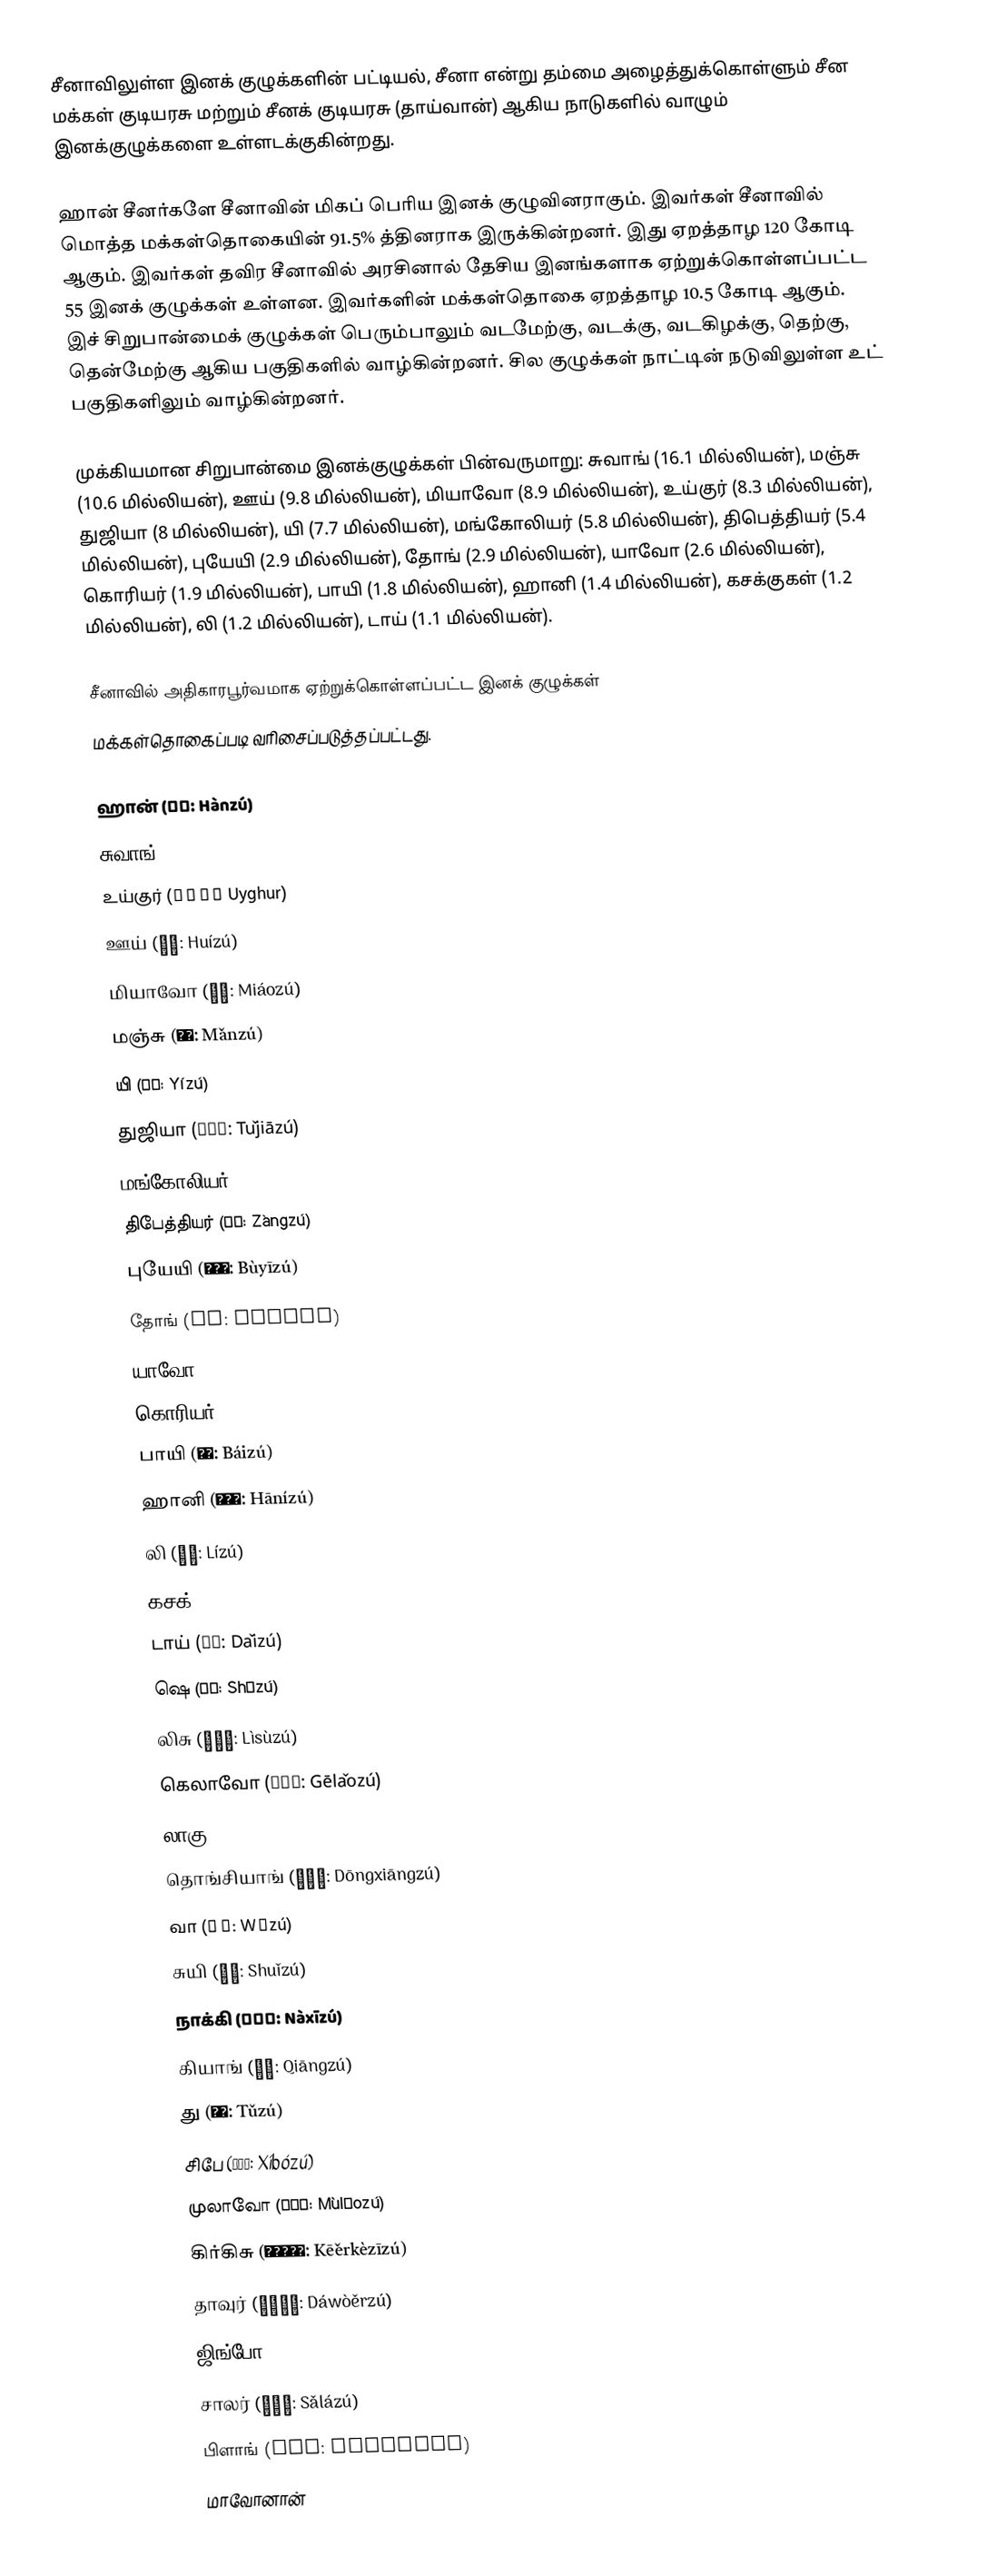
சீனாவிலுள்ள இனக் குழுக்களின் பட்டியல், சீனா என்று தம்மை அழைத்துக்கொள்ளும் சீன மக்கள் குடியரசு மற்றும் சீனக் குடியரசு (தாய்வான்) ஆகிய நாடுகளில் வாழும் இனக்குழுக்களை உள்ளடக்குகின்றது.

ஹான் சீனர்களே சீனாவின் மிகப் பெரிய இனக் குழுவினராகும். இவர்கள் சீனாவில் மொத்த மக்கள்தொகையின் 91.5% த்தினராக இருக்கின்றனர். இது ஏறத்தாழ 120 கோடி ஆகும். இவர்கள் தவிர சீனாவில் அரசினால் தேசிய இனங்களாக ஏற்றுக்கொள்ளப்பட்ட 55 இனக் குழுக்கள் உள்ளன. இவர்களின் மக்கள்தொகை ஏறத்தாழ 10.5 கோடி ஆகும். இச் சிறுபான்மைக் குழுக்கள் பெரும்பாலும் வடமேற்கு, வடக்கு, வடகிழக்கு, தெற்கு, தென்மேற்கு ஆகிய பகுதிகளில் வாழ்கின்றனர். சில குழுக்கள் நாட்டின் நடுவிலுள்ள உட் பகுதிகளிலும் வாழ்கின்றனர்.

முக்கியமான சிறுபான்மை இனக்குழுக்கள் பின்வருமாறு: சுவாங் (16.1 மில்லியன்), மஞ்சு (10.6 மில்லியன்), ஊய் (9.8 மில்லியன்), மியாவோ (8.9 மில்லியன்), உய்குர் (8.3 மில்லியன்), துஜியா (8 மில்லியன்), யி (7.7 மில்லியன்), மங்கோலியர் (5.8 மில்லியன்), திபெத்தியர் (5.4 மில்லியன்), புயேயி (2.9 மில்லியன்), தோங் (2.9 மில்லியன்), யாவோ (2.6 மில்லியன்), கொரியர் (1.9 மில்லியன்), பாயி (1.8 மில்லியன்), ஹானி (1.4 மில்லியன்), கசக்குகள் (1.2 மில்லியன்), லி (1.2 மில்லியன்), டாய் (1.1 மில்லியன்).

சீனாவில் அதிகாரபூர்வமாக ஏற்றுக்கொள்ளப்பட்ட இனக் குழுக்கள்
மக்கள்தொகைப்படி வரிசைப்படுத்தப்பட்டது.

 ஹான் (汉族: Hànzú)
 சுவாங் (壮族: Zhuàngzú)
 உய்குர் (维吾尔族 Uyghur)
 ஊய் (回族: Huízú)
 மியாவோ (苗族: Miáozú)
 மஞ்சு (满族: Mǎnzú)
 யி (彝族: Yízú)
 துஜியா (土家族: Tǔjiāzú)
 மங்கோலியர் (蒙古族: Měnggǔzú)
 திபேத்தியர் (藏族: Zàngzú)
 புயேயி (布依族: Bùyīzú)
 தோங் (侗族: Dòngzú)
 யாவோ (瑶族: Yáozú)
 கொரியர் (朝鲜族: Cháoxiǎnzú)
 பாயி (白族: Báizú)
 ஹானி (哈尼族: Hānízú)
 லி (黎族: Lízú)
 கசக் (哈萨克族: Hāsàkèzú)
 டாய் (傣族: Dǎizú)
 ஷெ (畲族: Shēzú)
 லிசு (傈僳族: Lìsùzú)
 கெலாவோ (仡佬族: Gēlǎozú)
 லாகு (拉祜族: Lāhùzú)
 தொங்சியாங் (东乡族: Dōngxiāngzú)
 வா (佤族: Wǎzú)
 சுயி (水族: Shuǐzú)
 நாக்கி (纳西族: Nàxīzú)
 கியாங் (羌族: Qiāngzú)
 து (土族: Tǔzú)
 சிபே (锡伯族: Xíbózú)
 முலாவோ (仫佬族: Mùlǎozú)
 கிர்கிசு (柯尔克孜族: Kēěrkèzīzú)
 தாவுர் (达斡尔族: Dáwòěrzú)
 ஜிங்போ (景颇族: Jǐngpōzú)
 சாலர் (撒拉族: Sǎlázú)
 பிளாங் (布朗族: Bùlǎngzú)
 மாவோனான்